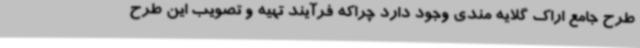
طرح جامع اراک گلایه مندی وجود دارد چراکه فرآیند تهیه و تصویب این طرح